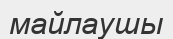
майлаушы